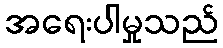
အရေးပါမှုသည်